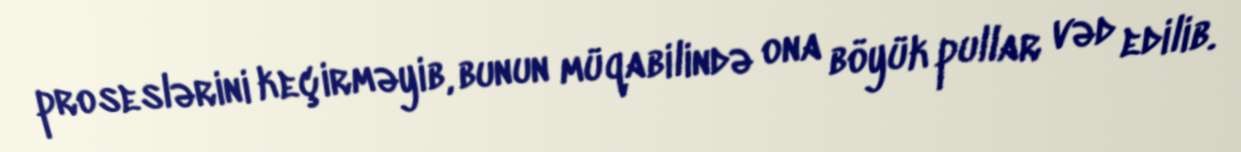
proseslərini keçirməyib, bunun müqabilində ona böyük pullar vəd edilib.